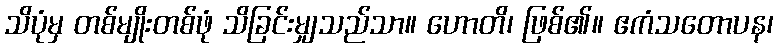
သိပုံမှ တစ်မျိုးတစ်ဖုံ သိခြင်းမျှသည်သာ။ ဟောတိ၊ ဖြစ်၏။ ဧကံသတောပန၊